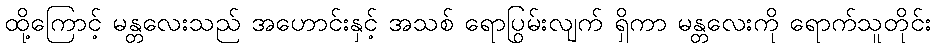
ထို့ကြောင့် မန္တလေးသည် အဟောင်းနှင့် အသစ် ရောပြွမ်းလျက် ရှိကာ မန္တလေးကို ရောက်သူတိုင်း